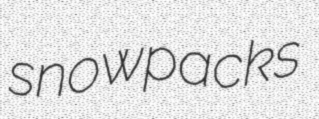
snowpacks